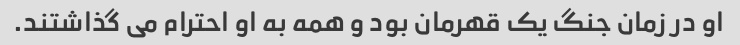
او در زمان جنگ یک قهرمان بود و همه به او احترام می گذاشتند.